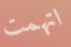
اتهمت